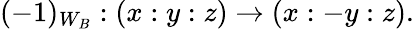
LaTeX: (-1)_{W_{B}}:(x:y:z)\to(x:-y:z).